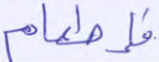
فإطعام